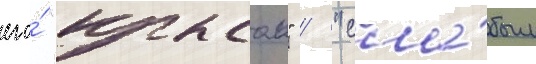
его́ "крысои" / "сла́бым